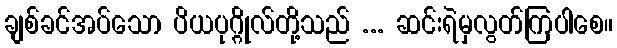
ချစ်ခင်အပ်သော ပိယပုဂ္ဂိုလ်တို့သည် ... ဆင်းရဲမှလွတ်ကြပါစေ။